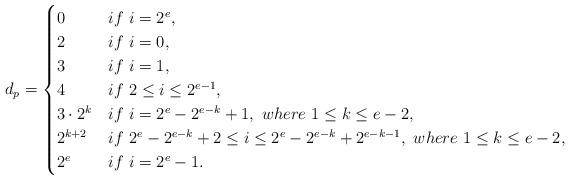
LaTeX: \begin{align*}d_p=\begin{cases}0& if~i=2^e,\\2& if~i=0,\\3& if~i=1,\\4& if ~2\leq i\leq 2^{e-1},\\3\cdot2^k& if~ i=2^e-2^{e-k}+1, ~where~1\leq k\leq e-2,\\2^{k+2}& if~ 2^e-2^{e-k}+2\leq i\leq 2^e-2^{e-k}+2^{e-k-1}, ~where~1\leq k\leq e-2,\\2^e& if~ i=2^e-1.\end{cases}\end{align*}